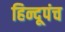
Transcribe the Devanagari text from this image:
हिन्दूपंच